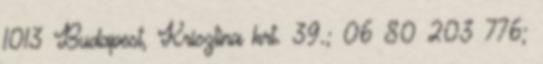
1013 Budapest, Krisztina krt. 39.; 06 80 203 776;